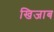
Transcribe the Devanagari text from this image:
खिजाब